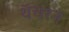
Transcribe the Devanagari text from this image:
थॅचरने